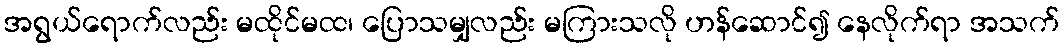
အရွယ်ရောက်လည်း မထိုင်မထ၊ ပြောသမျှလည်း မကြားသလို ဟန်ဆောင်၍ နေလိုက်ရာ အသက်